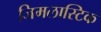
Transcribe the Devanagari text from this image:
जिमलास्टिक